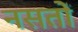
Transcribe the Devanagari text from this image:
नसतों